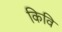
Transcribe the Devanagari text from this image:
किवि